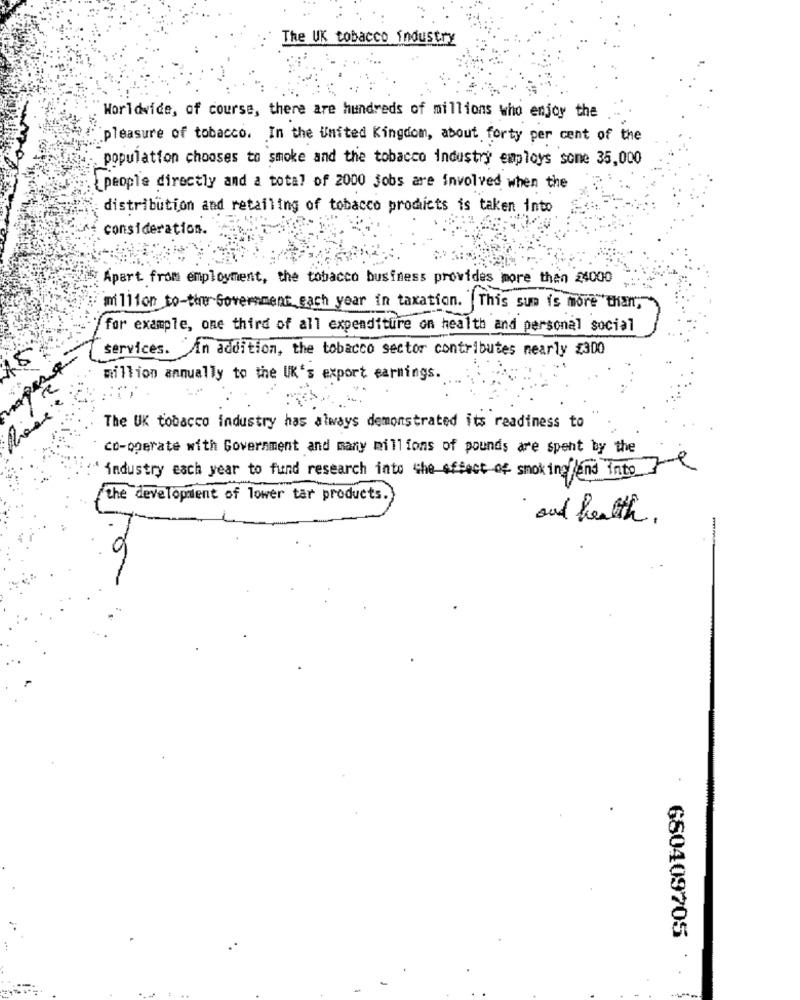
The UK tobacco industry
Worldwide, of course, there are hundreds of millions who enjoy the
pleasure of tobacco. In the United Kingdom, about forty per cent of the
population chooses to smoke and the tobacco industry employs some 35,000
people directly and a total of 2000 jobs are involved when the
distribution and retailing of tobacco prodicts is taken into
consideration.
Apart from employment, the tobacco business provides more than 24000
million to-the Government each year in taxation. This sun is more"than;
for example, one third of all expenditure on health and personal social
services. In addition, the tobacco sector contributes nearly $300
15
million annually to the UK's export earnings.
The UK tobacco industry has always demonstrated its readiness to
co-operate with Government and many millions of pounds are spent by the
7
industry each year to fund research into the effect of smoking/end into
the development of lower tar products.
and health.
-
680409705